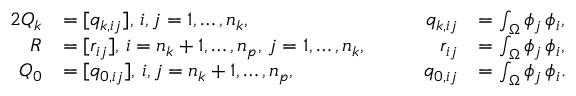
\begin{array} { r l r l } { { 2 } Q _ { k } } & { = [ q _ { k , i j } ] , \, i , j = 1 , \dotsc , n _ { k } , } & { \qquad q _ { k , i j } } & { = \int _ { \Omega } \phi _ { j } \, \phi _ { i } , } \\ { R } & { = [ r _ { i j } ] , \, i = n _ { k } + 1 , \dotsc , n _ { p } , \, j = 1 , \dotsc , n _ { k } , } & { \qquad r _ { i j } } & { = \int _ { \Omega } \phi _ { j } \, \phi _ { i } , } \\ { Q _ { 0 } } & { = [ q _ { 0 , i j } ] , \, i , j = n _ { k } + 1 , \dotsc , n _ { p } , } & { \qquad q _ { 0 , i j } } & { = \int _ { \Omega } \phi _ { j } \, \phi _ { i } . } \end{array}